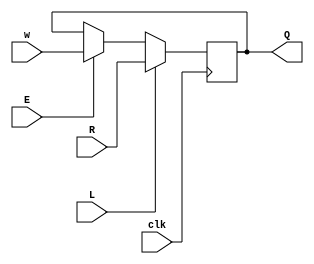
module top_module (
    input clk,
    input w, R, E, L,
    output Q
);
    wire mux1;
    wire mux2;
    assign mux1 = E==0? Q:w;
    assign mux2 = L==0? mux1:R;
    always @(posedge clk) begin
        Q <= mux2;
        end
endmodule